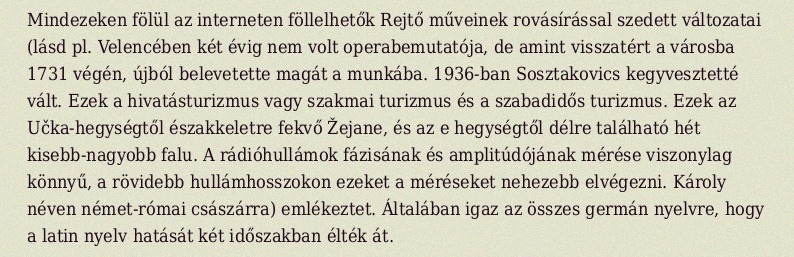
Mindezeken fölül az interneten föllelhetők Rejtő műveinek rovásírással szedett változatai (lásd pl. Velencében két évig nem volt operabemutatója, de amint visszatért a városba 1731 végén, újból belevetette magát a munkába. 1936-ban Sosztakovics kegyvesztetté vált. Ezek a hivatásturizmus vagy szakmai turizmus és a szabadidős turizmus. Ezek az Učka-hegységtől északkeletre fekvő Žejane, és az e hegységtől délre található hét kisebb-nagyobb falu. A rádióhullámok fázisának és amplitúdójának mérése viszonylag könnyű, a rövidebb hullámhosszokon ezeket a méréseket nehezebb elvégezni. Károly néven német-római császárra) emlékeztet. Általában igaz az összes germán nyelvre, hogy a latin nyelv hatását két időszakban élték át.